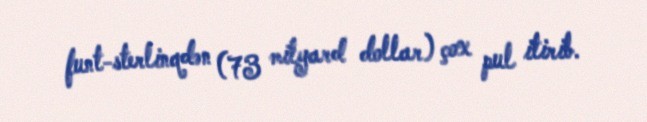
funt-sterlinqdən (73 milyard dollar) çox pul itirib.